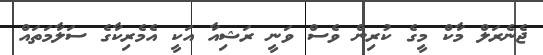
ޖެނެރަލް މާކް މީގެ ކުރިން ވެސް ވަނީ ރަޝިއާ އަކީ އެމެރިކާގެ ސަލާމަތައް